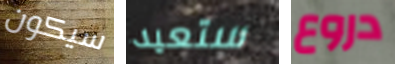
سيكون ستعيد دروع